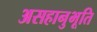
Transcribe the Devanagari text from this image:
असहानुभूति